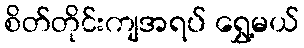
စိတ်တိုင်းကျအရပ် ရွှေ့မယ်